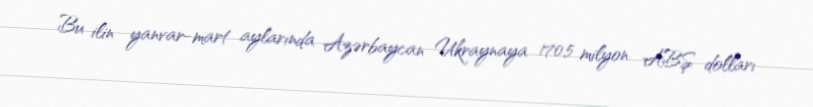
Bu ilin yanvar-mart aylarında Azərbaycan Ukraynaya 170,5 milyon ABŞ dolları